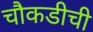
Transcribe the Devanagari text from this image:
चौकडीची